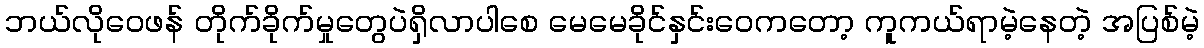
ဘယ်လိုဝေဖန် တိုက်ခိုက်မှုတွေပဲရှိလာပါစေ မေမေခိုင်နှင်းဝေကတော့ ကူကယ်ရာမဲ့နေတဲ့ အပြစ်မဲ့